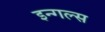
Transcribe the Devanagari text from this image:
इन्गल्स